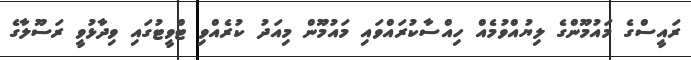
ރައީސްގެ މައުމޫންގެ ލިޔުއްވުމެއް ހިއްސާކުރައްވައި މައުމޫން މިއަދު ކުރެއްވި ޓްވީޓުގައި ވިދާޅުވީ ރަސޫލާގެ